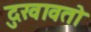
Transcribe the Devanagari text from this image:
दुखावतो